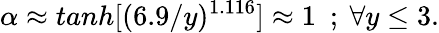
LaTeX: \alpha\approx tanh[(6.9/y)^{1.116}]\approx 1~~;~\forall y\le 3.